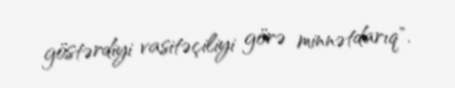
göstərdiyi vasitəçiliyi görə minnətdarıq".